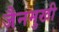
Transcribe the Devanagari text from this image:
जैनमुखी